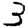
Digit: 3